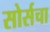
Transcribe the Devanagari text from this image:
सोर्सचा